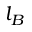
l _ { B }